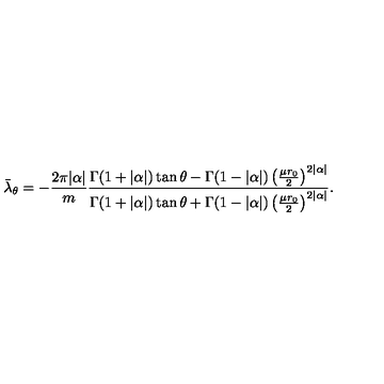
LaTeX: \bar { \lambda } _ { \theta } = - \frac { 2 \pi | \alpha | } { m } \frac { \Gamma ( 1 + | \alpha | ) \tan \theta - \Gamma ( 1 - | \alpha | ) \left( \frac { \mu r _ { 0 } } { 2 } \right) ^ { 2 | \alpha | } } { \Gamma ( 1 + | \alpha | ) \tan \theta + \Gamma ( 1 - | \alpha | ) \left( \frac { \mu r _ { 0 } } { 2 } \right) ^ { 2 | \alpha | } } .